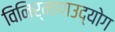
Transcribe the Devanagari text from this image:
विनिर्माणउद्योग